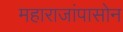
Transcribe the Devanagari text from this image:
महाराजांपासोन